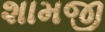
શામજી